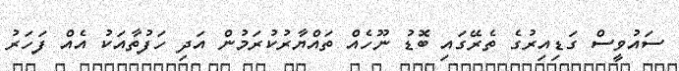
ސައުވީސް ގަޑިއިރުގެ ތެރޭގައި ބޮޑު ނޫހެއް ތައްޔާރުކުރަމުން އަދި ހަފުތާއަކު އެއް ފަހަރު